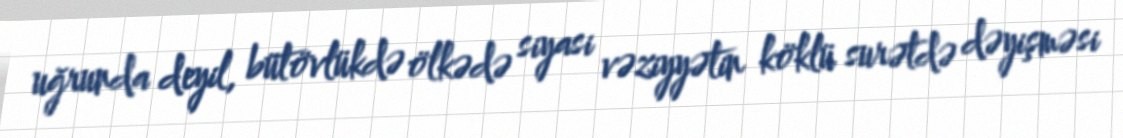
uğrunda deyil, bütövlükdə ölkədə siyasi vəziyyətin köklü surətdə dəyişməsi